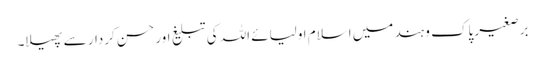
برصغیر پاک و ہند میں اسلام اولیائے اللہ کی تبلیغ اور حسن کردار سے پھیلا۔